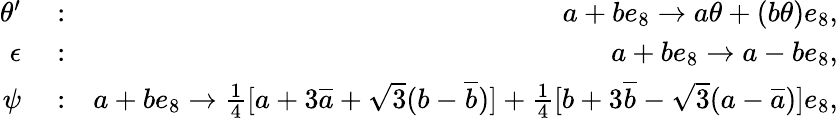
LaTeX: \begin{array}{rlr}{\theta^{\prime}}&{{}:}&{a+be_{8}\rightarrow a\theta+(b\theta)e_{8},}\\ {\epsilon}&{{}:}&{a+be_{8}\rightarrow a-be_{8},}\\ {\psi}&{{}:}&{a+be_{8}\rightarrow\frac{1}{4}[a+3\overline{{a}}+\sqrt{3}(b-\overline{{b}})]+\frac{1}{4}[b+3\overline{{b}}-\sqrt{3}(a-\overline{{a}})]e_{8},}\end{array}